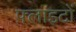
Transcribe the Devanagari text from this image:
फ़्लाइटों